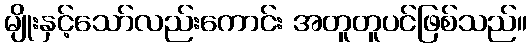
မျိုးနှင့်သော်လည်းကောင်း အတူတူပင်ဖြစ်သည်။